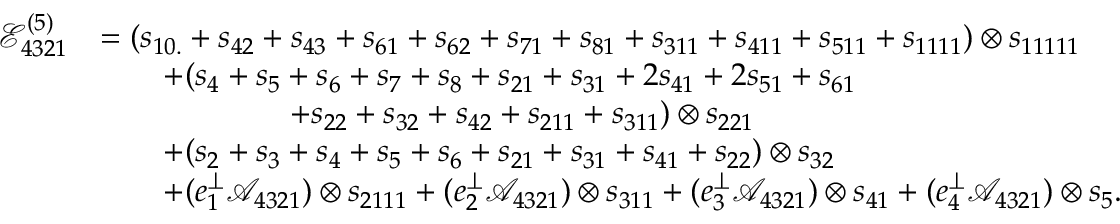
\begin{array} { r l } { \mathcal { E } _ { 4 3 2 1 } ^ { ( 5 ) } } & { = ( s _ { 1 0 . } + s _ { 4 2 } + s _ { 4 3 } + s _ { 6 1 } + s _ { 6 2 } + s _ { 7 1 } + s _ { 8 1 } + s _ { 3 1 1 } + s _ { 4 1 1 } + s _ { 5 1 1 } + s _ { 1 1 1 1 } ) \otimes s _ { 1 1 1 1 1 } } \\ & { \qquad + ( s _ { 4 } + s _ { 5 } + s _ { 6 } + s _ { 7 } + s _ { 8 } + s _ { 2 1 } + s _ { 3 1 } + 2 s _ { 4 1 } + 2 s _ { 5 1 } + s _ { 6 1 } } \\ & { \qquad \qquad \qquad + s _ { 2 2 } + s _ { 3 2 } + s _ { 4 2 } + s _ { 2 1 1 } + s _ { 3 1 1 } ) \otimes s _ { 2 2 1 } } \\ & { \qquad + ( s _ { 2 } + s _ { 3 } + s _ { 4 } + s _ { 5 } + s _ { 6 } + s _ { 2 1 } + s _ { 3 1 } + s _ { 4 1 } + s _ { 2 2 } ) \otimes s _ { 3 2 } } \\ & { \qquad + ( e _ { 1 } ^ { \perp } \mathcal { A } _ { 4 3 2 1 } ) \otimes s _ { 2 1 1 1 } + ( e _ { 2 } ^ { \perp } \mathcal { A } _ { 4 3 2 1 } ) \otimes s _ { 3 1 1 } + ( e _ { 3 } ^ { \perp } \mathcal { A } _ { 4 3 2 1 } ) \otimes s _ { 4 1 } + ( e _ { 4 } ^ { \perp } \mathcal { A } _ { 4 3 2 1 } ) \otimes s _ { 5 } . } \end{array}